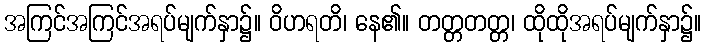
အကြင်အကြင်အရပ်မျက်နှာ၌။ ဝိဟရတိ၊ နေ၏။ တတ္တတတ္တ၊ ထိုထိုအရပ်မျက်နှာ၌။